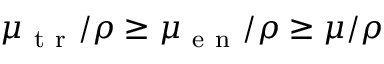
\mu _ { \mathrm { ~ t ~ r ~ } } / \rho \geq \mu _ { \mathrm { ~ e ~ n ~ } } / \rho \geq \mu / \rho